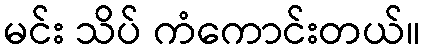
မင်း သိပ် ကံကောင်းတယ်။